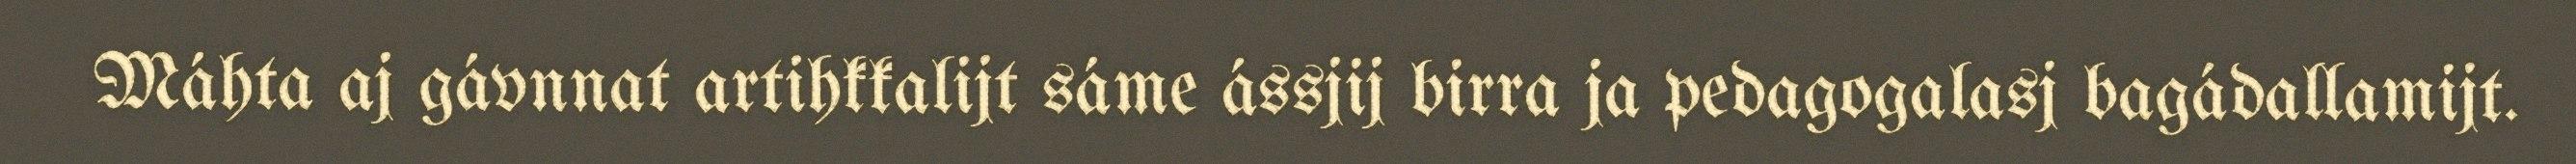
Máhta aj gávnnat artihkkalijt sáme ássjij birra ja pedagogalasj bagádallamijt.